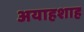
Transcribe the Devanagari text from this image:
अयाहशाह